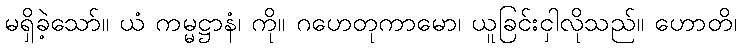
မရှိခဲ့သော်။ ယံ ကမ္မဋ္ဌာနံ၊ ကို။ ဂဟေတုကာမော၊ ယူခြင်းငှါလိုသည်။ ဟောတိ၊